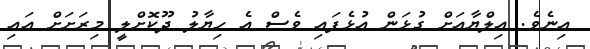
އިނެވެ. އިލްޔާއަށް ގުޅަން އުޅެފައި ވެސް އެ ހިޔާލު ދޫކޮށްލީ މިރަށަށް އައި